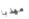
مهذبا